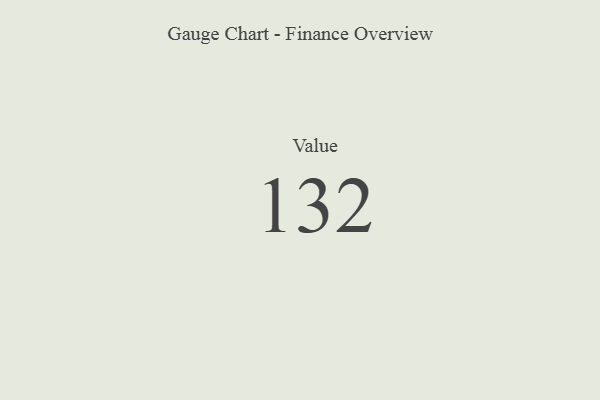
{"axis": {"x": "Metric", "y": "Value"}, "legend": [""], "data": [{"x": "Value", "y": 132, "type": ""}]}